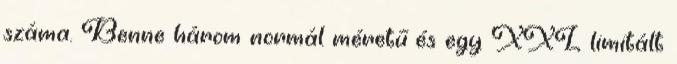
száma. Benne három normál méretű és egy XXL limitált